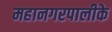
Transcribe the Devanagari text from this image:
महानगरपालीके